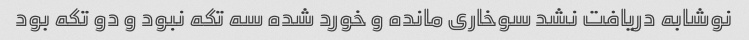
نوشابه دریافت نشد سوخاری مانده و خورد شده سه تکه نبود و دو تکه بود